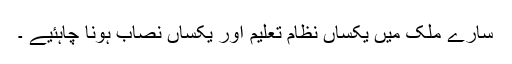
سارے ملک میں یکساں نظام تعلیم اور یکساں نصاب ہونا چاہئیے ۔